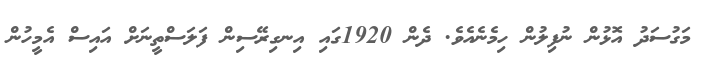
މަގުސަދު އޮޅުން ނުފިލުން ހިމެނެއެވެ. ދެން 1920ގައި އިނގިރޭސިން ފަލަސްތީނަށް އައިސް އެމީހުން